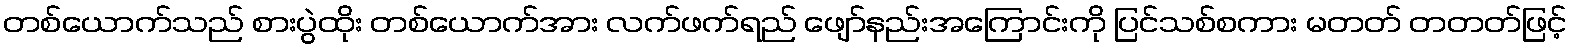
တစ်ယောက်သည် စားပွဲထိုး တစ်ယောက်အား လက်ဖက်ရည် ဖျော်နည်းအကြောင်းကို ပြင်သစ်စကား မတတ် တတတ်ဖြင့်